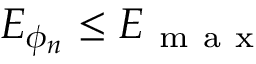
E _ { \phi _ { n } } \leq E _ { \mathrm { ~ m ~ a ~ x ~ } }